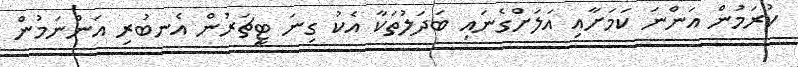
ކުރަމުން އަންނަ ކަމަށާއި އަލަށްގެނައި ބަދަލުތަކާ އެކު ގިނަ ޓީޗަރުން އެނބުރި އަންނަމުން